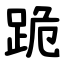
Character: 跪